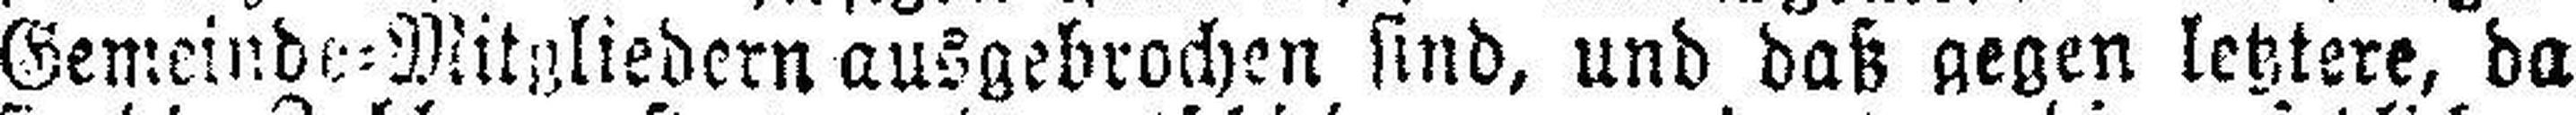
Gemeinde=Mitgliedern ausgebrochen sind, und daß gegen letztere, da